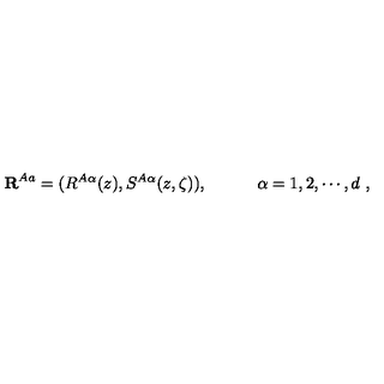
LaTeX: { \bf R } ^ { A a } = ( R ^ { A \alpha } ( z ) , S ^ { A \alpha } ( z , \zeta ) ) , \quad \quad \quad \alpha = 1 , 2 , \cdots , d \ ,